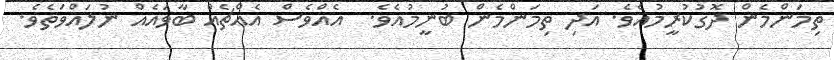
ތިމަންމެން ދޮގުކުރީމުއެވެ. އަދި ތިމަންމެން ބުނީމުއެވެ.  އެއްވެސް އެއްޗެއް ބާވައެއް ނުލައްވަތެވެ.